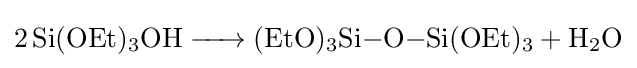
{\ce {2Si(OEt)3OH -> (EtO)3Si-O-Si(OEt)3 + H2O}}